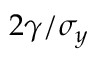
2 \gamma / \sigma _ { y }